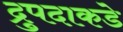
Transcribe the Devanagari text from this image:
द्रुपदाकडे